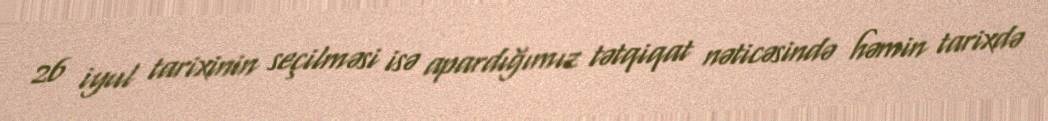
26 iyul tarixinin seçilməsi isə apardığımız tətqiqat nəticəsində həmin tarixdə